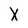
Character: X